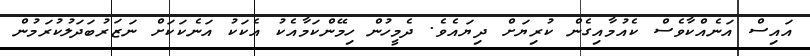
އައިސް އަނެއްކާވެސް ކެއުމާއިގެން ކުރިޔަށް ދިޔައެވެ. ދެމީހުން ހިމޭންކަމާއެކު އެކަކު އަނެކަކަށް ނަޒަރުބަދަލުކުރަމުން